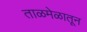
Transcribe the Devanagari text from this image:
ताळमेळातून